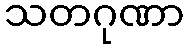
သတဂုဏာ